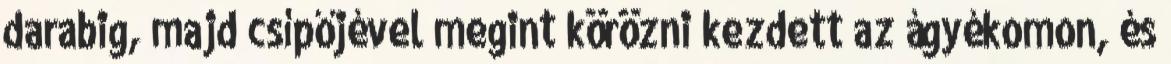
darabig, majd csípőjével megint körözni kezdett az ágyékomon, és